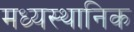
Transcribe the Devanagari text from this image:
मध्यस्थानिक